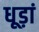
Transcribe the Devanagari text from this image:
धूड़ां